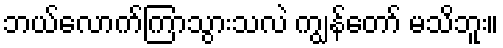
ဘယ်လောက်ကြာသွားသလဲ ကျွန်တော် မသိဘူး။